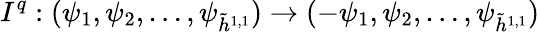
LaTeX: I^{q}:(\psi_{1},\psi_{2},\dots,\psi_{\tilde{h}^{1,1}})\to(-\psi_{1},\psi_{2},\dots,\psi_{\tilde{h}^{1,1}})